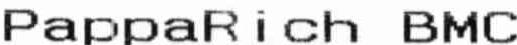
PAPPARICH BMC